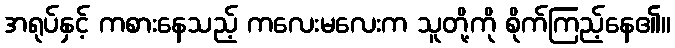
အရုပ်နှင့် ကစားနေသည့် ကလေးမလေးက သူတို့ကို စိုက်ကြည့်နေ၏။